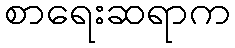
စာရေးဆရာက